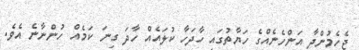
ޖެހެމުންދާ އަންހެނެއްގެ ހަޔާތުގައި ހާދަހާ ކުލައެއް ހާދަ ގިނަ ކަމެއް ހުންނާނެ އެވެ.